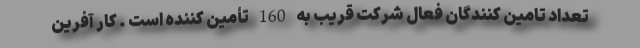
تعداد تامین کنندگان فعال شرکت قریب به 160 تأمین کننده است . کار آفرین